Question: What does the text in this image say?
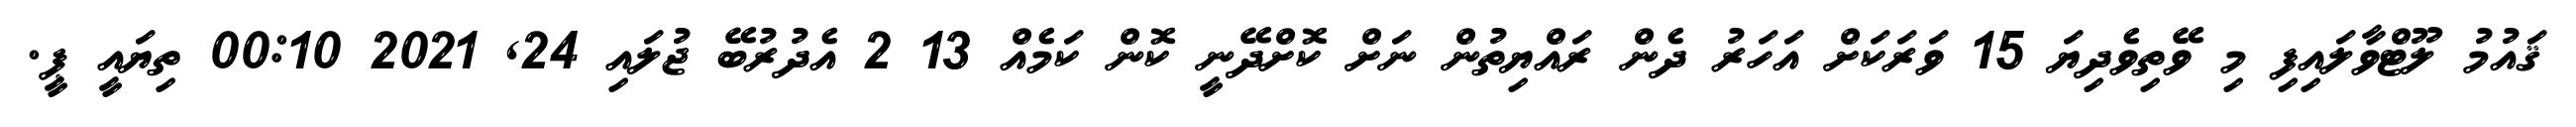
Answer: ޤައުމު ލޫޓްވާލައިފި މި ވޭތިވެދިޔަ 15 ވަރަކަށް އަހަރު ދެން ރައްޔިތުން ނަށް ކޮށްދޭނީ ކޮން ކަމެއް 13 2 އެދުރުބޭ ޖުލައި 24, 2021 00:10 ތިޔައީ ޕީ.